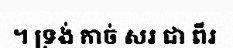
។ ទ្រង់ កាច់ សរ ជា ពីរ